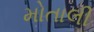
મોતાલી